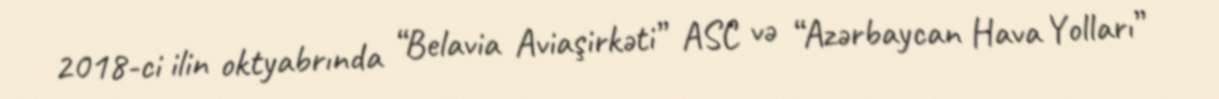
2018-ci ilin oktyabrında “Belavia Aviaşirkəti” ASC və “Azərbaycan Hava Yolları”